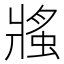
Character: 𧌜